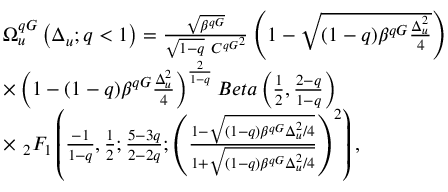
\begin{array} { r l } & { \Omega _ { u } ^ { q G } \left( \Delta _ { u } ; q < 1 \right) = \frac { \sqrt { \beta ^ { q G } } } { \sqrt { 1 - q } \ { C ^ { q G } } ^ { 2 } } \left( 1 - \sqrt { ( 1 - q ) \beta ^ { q G } \frac { \Delta _ { u } ^ { 2 } } { 4 } } \right) } \\ & { \times \left( 1 - { ( 1 - q ) \beta ^ { q G } \frac { \Delta _ { u } ^ { 2 } } { 4 } } \right) ^ { \frac { 2 } { 1 - q } } B e t a \left( \frac { 1 } { 2 } , \frac { 2 - q } { 1 - q } \right) } \\ & { \times \ _ { 2 } F _ { 1 } \left( \frac { - 1 } { 1 - q } , \frac { 1 } { 2 } ; \frac { 5 - 3 q } { 2 - 2 q } ; \left( \frac { 1 - \sqrt { ( 1 - q ) \beta ^ { q G } \Delta _ { u } ^ { 2 } / 4 } } { 1 + \sqrt { ( 1 - q ) \beta ^ { q G } \Delta _ { u } ^ { 2 } / 4 } } \right) ^ { 2 } \right) , } \end{array}